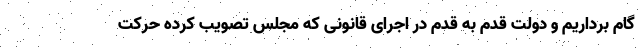
گام برداریم و دولت قدم به قدم در اجرای قانونی که مجلس تصویب کرده حرکت